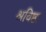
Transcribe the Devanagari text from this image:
श्रविष्ठा